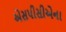
એસપીસીએના